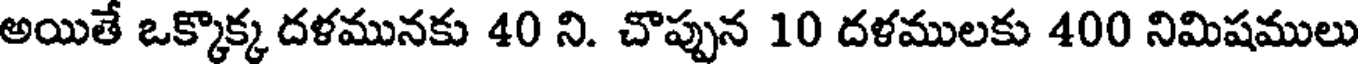
అయితే ఒక్కొక్క దళమునకు 40 ని. చొప్పున 10 దళములకు 400 నిమిషములు